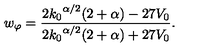
w _ { \varphi } = \frac { 2 { k _ { 0 } } ^ { \alpha / 2 } ( 2 + \alpha ) - 2 7 V _ { 0 } } { 2 { k _ { 0 } } ^ { \alpha / 2 } ( 2 + \alpha ) + 2 7 V _ { 0 } } .